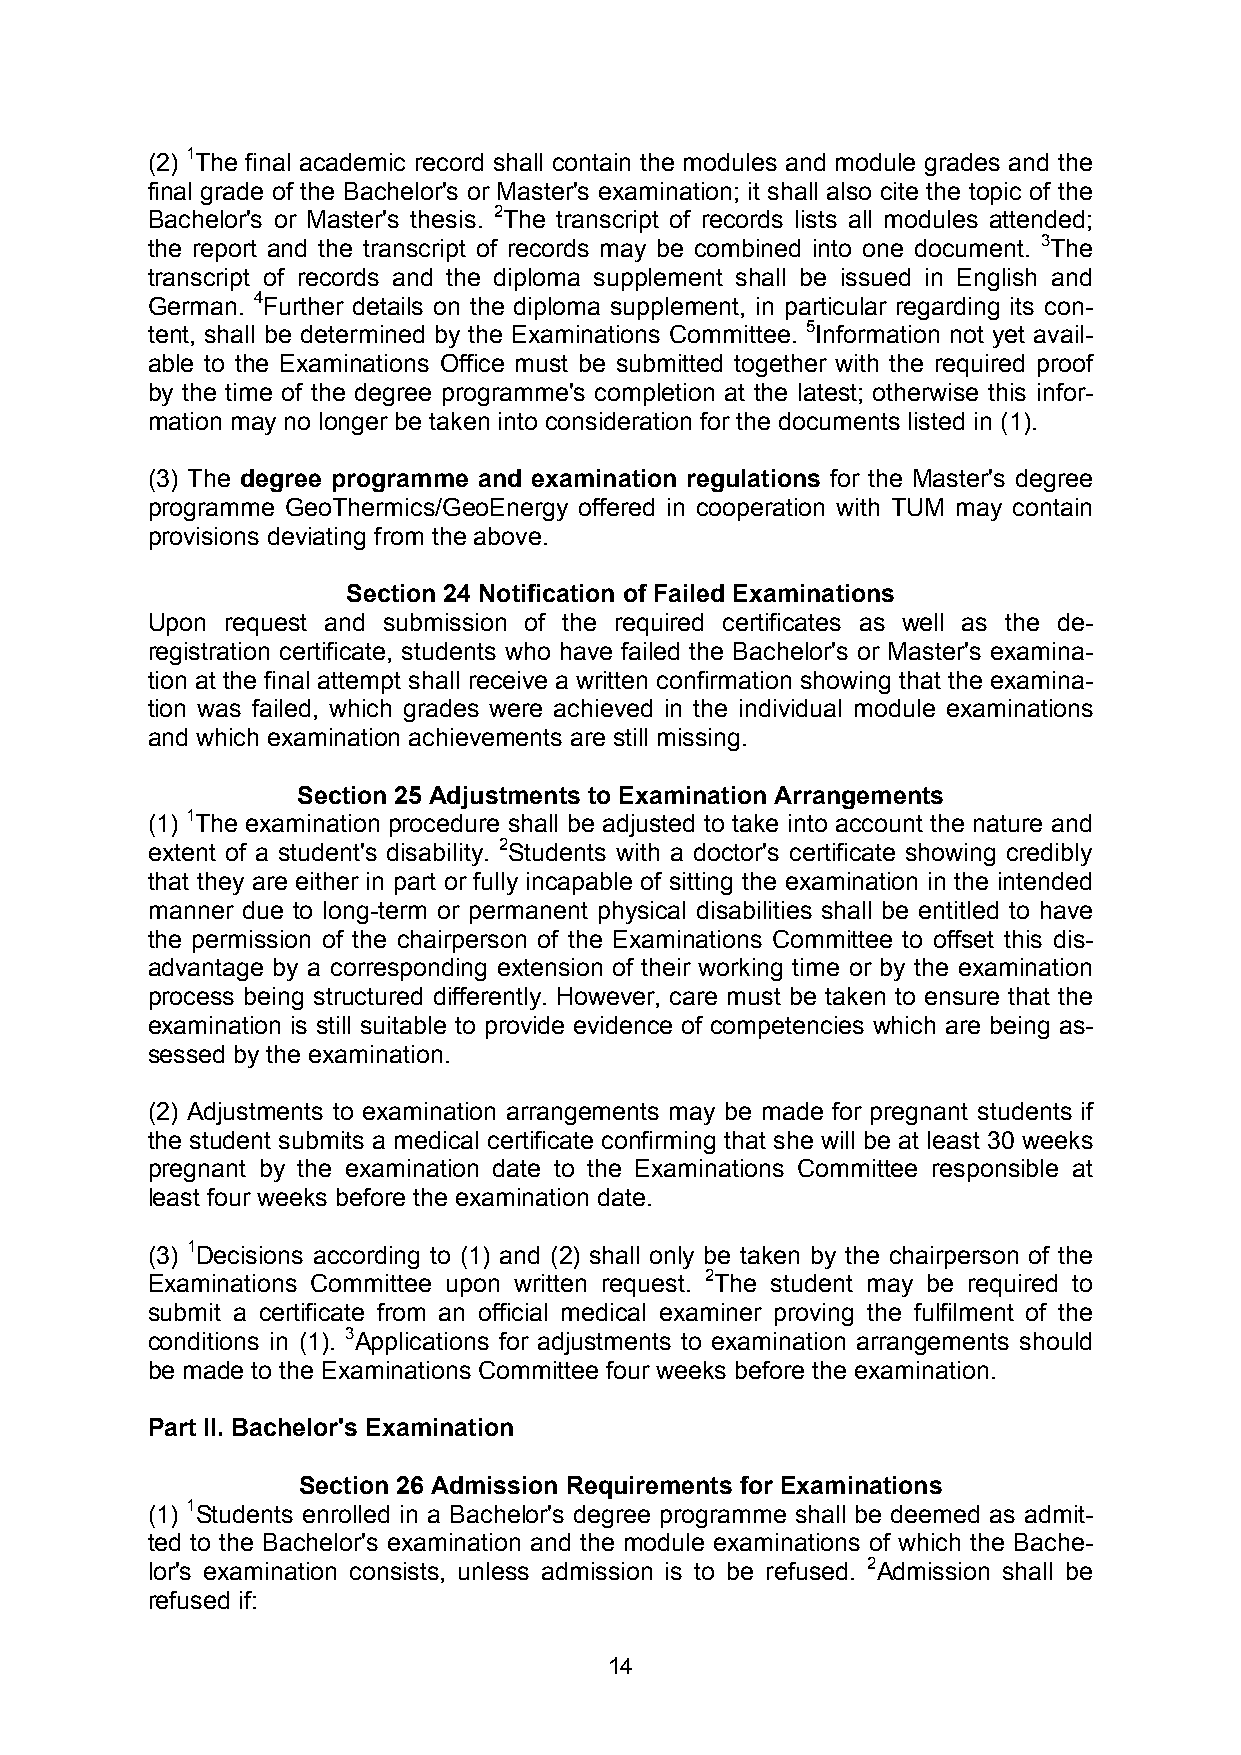
(2) 1The final academic record shall contain the modules and module grades and the
 final grade of the Bachelor's or Master's examination; it shall also cite the topic of the
 Bachelor's or Master's thesis. 2The transcript of records lists all modules attended;
 the report and the transcript of records may be combined into one document. 3The
 transcript of records and the diploma supplement shall be issued in English and
 German. 4Further details on the diploma supplement, in particular regarding its con-
 tent, shall be determined by the Examinations Committee. 5Information not yet avail-
 able to the Examinations Office must be submitted together with the required proof
 by the time of the degree programme's completion at the latest; otherwise this infor-
 mation may no longer be taken into consideration for the documents listed in (1).
 (3) The degree programme and examination regulations for the Master's degree
 programme GeoThermics/GeoEnergy offered in cooperation with TUM may contain
 provisions deviating from the above.
 Section 24 Notification of Failed Examinations
 Upon request and submission of the required certificates as well as the de-
 registration certificate, students who have failed the Bachelor's or Master's examina-
 tion at the final attempt shall receive a written confirmation showing that the examina-
 tion was failed, which grades were achieved in the individual module examinations
 and which examination achievements are still missing.
 Section 25 Adjustments to Examination Arrangements
 (1) 1The examination procedure shall be adjusted to take into account the nature and
 extent of a student's disability. 2Students with a doctor's certificate showing credibly
 that they are either in part or fully incapable of sitting the examination in the intended
 manner due to long-term or permanent physical disabilities shall be entitled to have
 the permission of the chairperson of the Examinations Committee to offset this dis-
 advantage by a corresponding extension of their working time or by the examination
 process being structured differently. However, care must be taken to ensure that the
 examination is still suitable to provide evidence of competencies which are being as-
 sessed by the examination.
 (2) Adjustments to examination arrangements may be made for pregnant students if
 the student submits a medical certificate confirming that she will be at least 30 weeks
 pregnant by the examination date to the Examinations Committee responsible at
 least four weeks before the examination date.
 (3) 1Decisions according to (1) and (2) shall only be taken by the chairperson of the
 Examinations Committee upon written request. 2The student may be required to
 submit a certificate from an official medical examiner proving the fulfilment of the
 conditions in (1). 3Applications for adjustments to examination arrangements should
 be made to the Examinations Committee four weeks before the examination.
 Part II. Bachelor's Examination
 Section 26 Admission Requirements for Examinations
 (1) 1Students enrolled in a Bachelor's degree programme shall be deemed as admit-
 ted to the Bachelor's examination and the module examinations of which the Bache-
 lor's examination consists, unless admission is to be refused. 2Admission shall be
 refused if:
 14